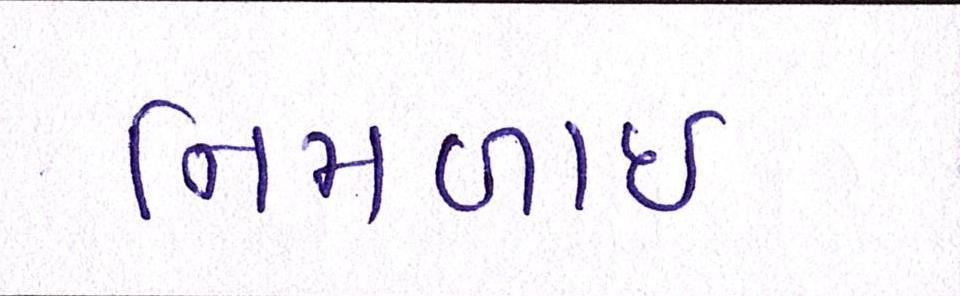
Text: નિમળાઈ